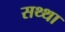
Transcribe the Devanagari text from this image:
सथ्था